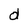
Character: d